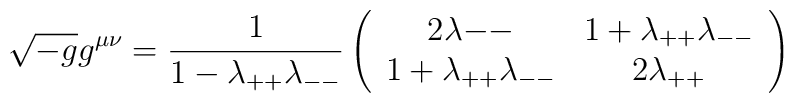
\sqrt{-g} g^{\mu\nu}={1\over{1-\lambda_{++}\lambda_{--}}}\left(\begin{array}{cc}{2\lambda{--}} & {1+ \lambda_{++}\lambda_{--}}\\{1+\lambda_{++}\lambda_{--}} & {2\lambda_{++}}\end{array}\right)